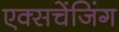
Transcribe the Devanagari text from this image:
एक्सचेंजिंग